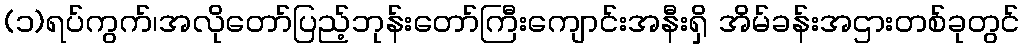
(၁)ရပ်ကွက်၊အလိုတော်ပြည့်ဘုန်းတော်ကြီးကျောင်းအနီးရှိ အိမ်ခန်းအဌားတစ်ခုတွင်